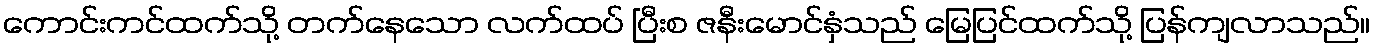
ကောင်းကင်ထက်သို့ တက်နေသော လက်ထပ် ပြီးစ ဇနီးမောင်နှံသည် မြေပြင်ထက်သို့ ပြန်ကျလာသည်။